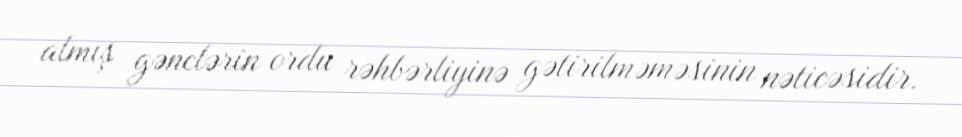
almış gənclərin ordu rəhbərliyinə gətirilməməsinin nəticəsidir.